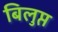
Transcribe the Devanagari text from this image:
बिलुप्त